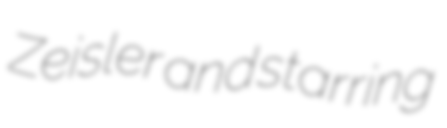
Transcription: Zeisler and starring